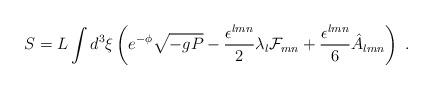
LaTeX: \begin{align*}S = L \int d^3 \xi \left( e^{- \phi} \sqrt{- g P} - \frac{\epsilon^{l m n}}{2} \lambda_l {\cal F}_{m n} + \frac{\epsilon^{l m n}}{6} \hat A_{l m n} \right) \; .\end{align*}